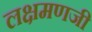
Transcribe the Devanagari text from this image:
लक्षमणजी